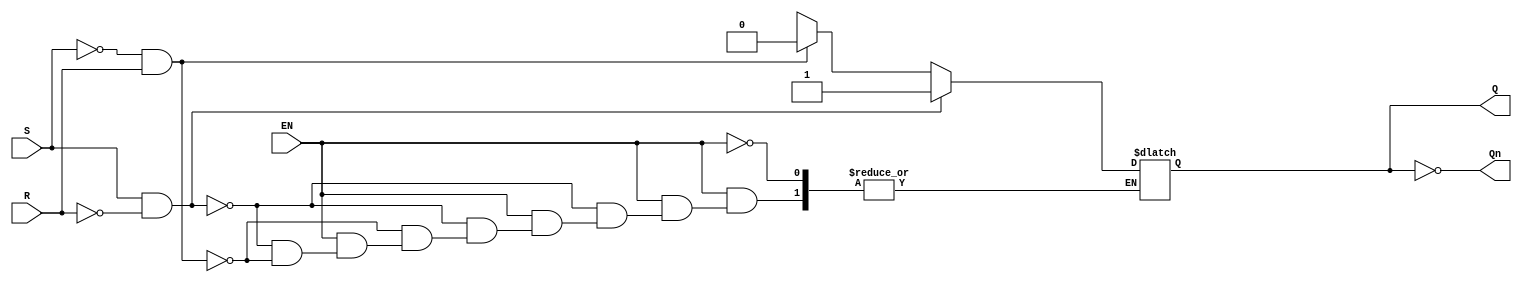
module GatedSRLatch (
    input wire S,      // Set input
    input wire R,      // Reset input
    input wire EN,     // Enable input
    output reg Q,      // Output Q
    output wire Qn     // Complementary output Q'
);

    // Complementary output
    assign Qn = ~Q;

    always @(*) begin
        if (EN) begin
            if (S && !R) begin
                Q = 1'b1;  // Set Q to 1
            end else if (!S && R) begin
                Q = 1'b0;  // Reset Q to 0
            end else if (S && R) begin
                // Invalid state for basic SR latch, can be handled as needed
                // Here we choose to hold the previous state, or you can define a behavior
                Q = Q;     // Retain previous state (no change)
            end else begin
                // Both S and R are low, retain previous state
                Q = Q;     // Retain previous state (no change)
            end
        end
        // If EN is low, retain previous state (no change)
    end

endmodule